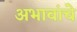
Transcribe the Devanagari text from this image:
अभावांचे